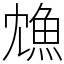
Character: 𩵫